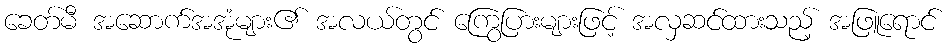
ခေတ်မီ အဆောက်အအုံများ၏ အလယ်တွင် ကြွေပြားများဖြင့် အလှဆင်ထားသည့် အဖြူရောင်